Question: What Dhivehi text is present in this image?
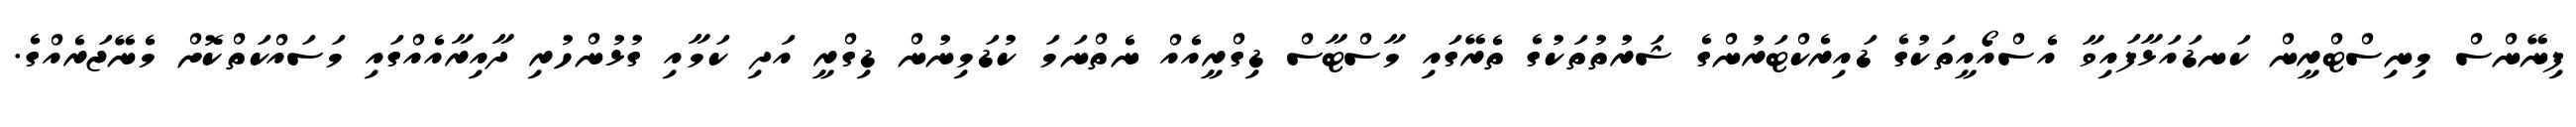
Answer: ފިނޭންސް މިނިސްޓްރީން ކަނޑައަޅާފައިވާ އެސްއޯއީތަކުގެ ޑައިރެކްޓަރުންގެ ޝަރުތުތަކުގެ ތެރޭގައި މާސްޓާސް ޑިގްރީއެއް ނެތްނަމަ ކުޑަމިނުން ޑިގްރީ އަދި ކަމާއި ގުޅުންހުރި ދާއިރާއެއްގައި މަސައްކަތްކޮށް މެނޭޖަރެއްގެ.